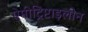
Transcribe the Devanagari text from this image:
ऐमीट्रिप्टाइलीन